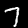
Label: 7